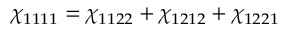
\chi _ { 1 1 1 1 } = \chi _ { 1 1 2 2 } + \chi _ { 1 2 1 2 } + \chi _ { 1 2 2 1 }